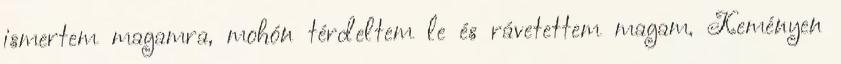
ismertem magamra, mohón térdeltem le és rávetettem magam. Keményen